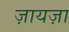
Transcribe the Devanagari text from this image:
ज़ायज़ा